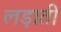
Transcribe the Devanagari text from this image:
लड़ाती